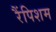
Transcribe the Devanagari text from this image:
रैंपिशम